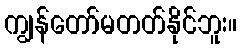
ကျွန်တော်မတတ်နိုင်ဘူး။